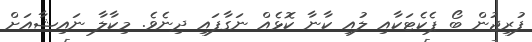
ފުރިޖުން ބޯ ޕެކެޓަކާއި ލުއި ކާނާ ކޮޅެއް ނަގާފައި ދިނެވެ. މިކާލާ ނައިޝާއަށް